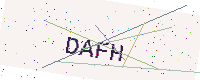
Text: DAFH